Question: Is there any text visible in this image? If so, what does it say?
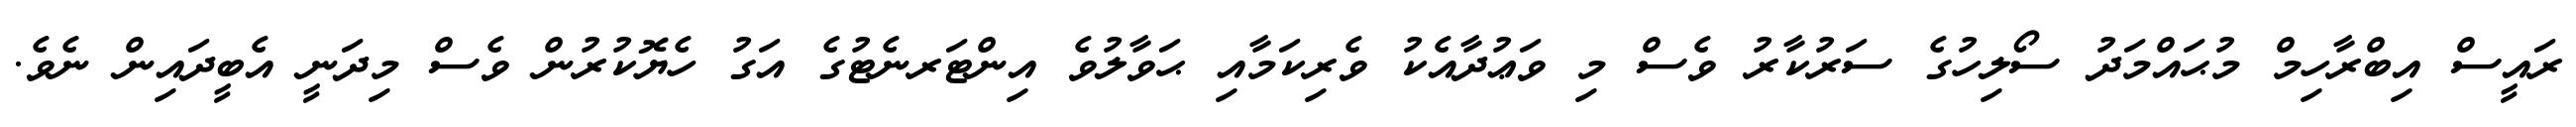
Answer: ރައީސް އިބްރާހިމް މުޙައްމަދު ސޯލިހުގެ ސަރުކާރު ވެސް މި ވަޢުދާއެކު ވެރިކަމާއި ޙަވާލުވެ އިންޓަރނެޓުގެ އަގު ހެޔޮކުރުން ވެސް މިދަނީ އެބީދައިން ނެވެ.